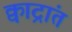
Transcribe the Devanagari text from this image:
क्वाद्रांत